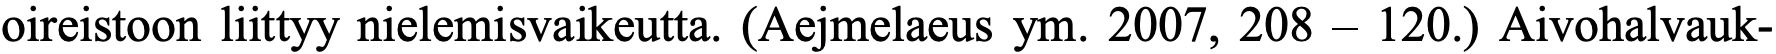
oireistoon liittyy nielemisvaikeutta. (Aejmelaeus ym. 2007, 208 – 120.) Aivohalvauk-